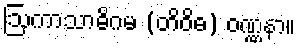
ဩကာသာဓိဂမ (တိဝိဓ) ဝဏ္ဏနာ။